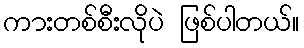
ကားတစ်စီးလိုပဲ ဖြစ်ပါတယ်။